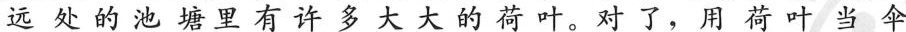
远处的池塘里有许多大大的荷叶。对了，用荷叶当伞